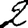
Digit: 2